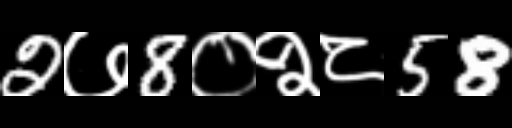
Text: 2७8०२८58